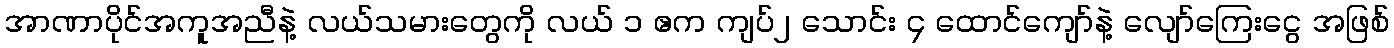
အာဏာပိုင်အကူအညီနဲ့ လယ်သမားတွေကို လယ် ၁ ဧက ကျပ်၂ သောင်း ၄ ထောင်ကျော်နဲ့ လျော်ကြေးငွေ အဖြစ်